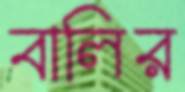
বালির